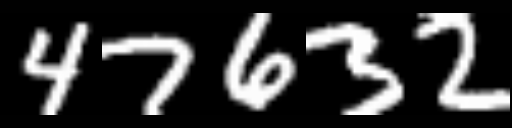
Text: 47632